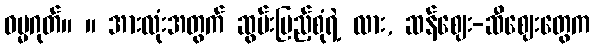
ဓမ္မဂုတ်။ ။ အားလုံးအတွက် ဆွမ်းပြည့်စုံရဲ့ လား, ဆန်ဈေး-ဆီဈေးတွေက